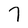
Character: 7